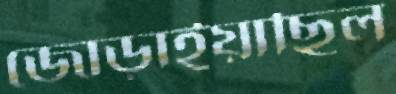
জোড়াইয়াছিল